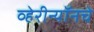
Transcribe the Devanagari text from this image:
व्हेरीन्यॉनचे